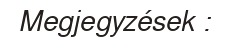
Megjegyzések :